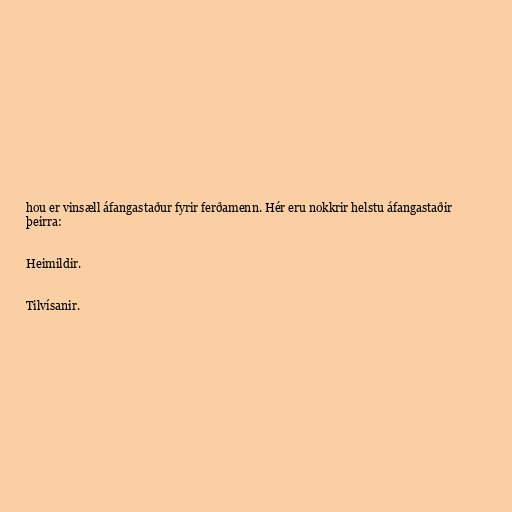
hou er vinsæll áfangastaður fyrir ferðamenn. Hér eru nokkrir helstu áfangastaðir
þeirra:

Heimildir.

Tilvísanir.